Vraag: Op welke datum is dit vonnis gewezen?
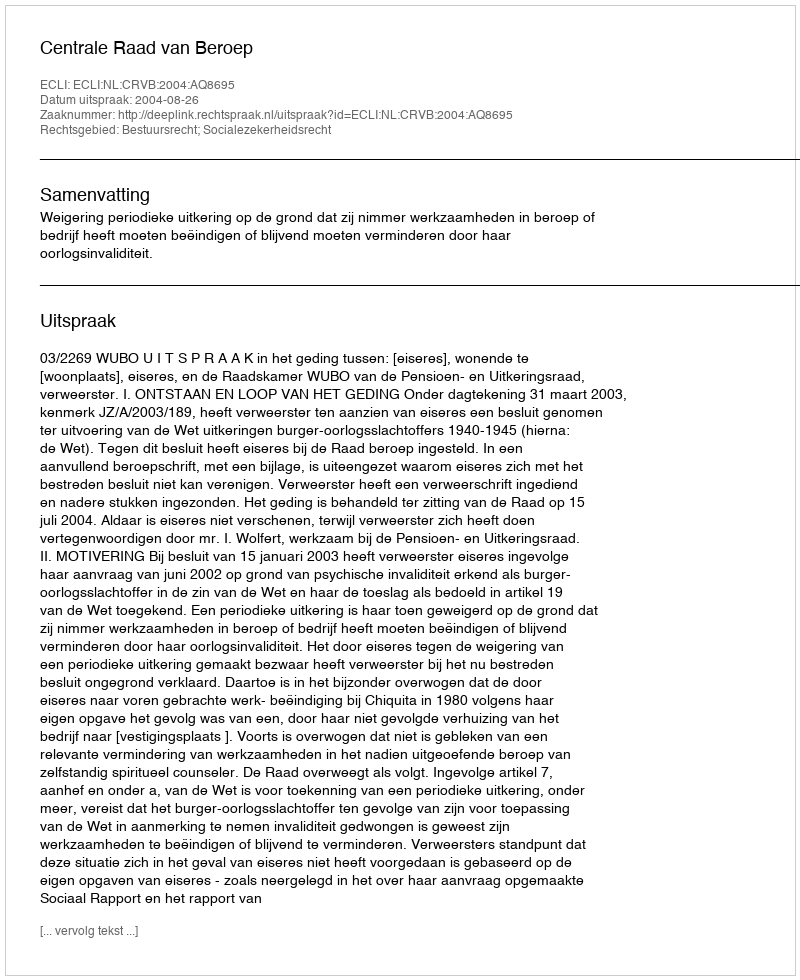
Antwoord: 2004-08-26